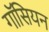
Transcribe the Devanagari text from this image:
गॉसियन